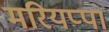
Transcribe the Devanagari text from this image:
मरियप्पा